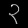
Digit: ၃